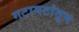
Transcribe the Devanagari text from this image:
गटागटांतून